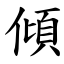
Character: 傾